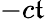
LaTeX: -c\mathfrak{t}